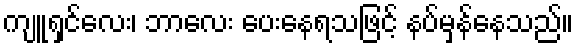
ကျူရှင်လေး၊ ဘာလေး ပေးနေရသဖြင့် နပ်မှန်နေသည်။